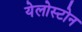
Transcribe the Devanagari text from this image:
येलोस्टोन